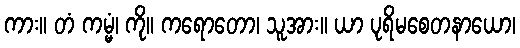
ကား။ တံ ကမ္မံ၊ ကို။ ကရောတော၊ သူအား။ ယာ ပုရိမစေတနာယော၊